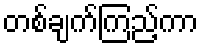
တစ်ချက်ကြည့်ကာ